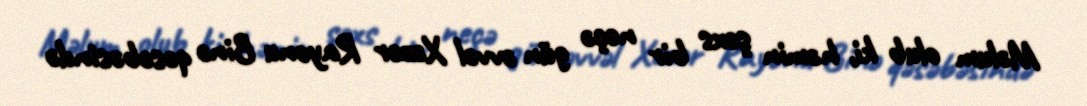
Məlum olub ki, həmin şəxs bir neçə gün əvvəl Xəzər Rayonu Binə qəsəbəsində